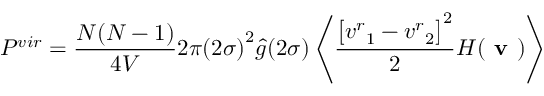
P ^ { v i r } = \frac { N ( N - 1 ) } { 4 V } 2 \pi { ( 2 \sigma ) } ^ { 2 } \hat { g } ( 2 \sigma ) \left\langle \frac { { \big [ { v ^ { r } } _ { 1 } - { v ^ { r } } _ { 2 } \big ] } ^ { 2 } } { 2 } H ( \textbf { v } ) \right\rangle